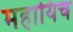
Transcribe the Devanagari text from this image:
महायिच